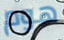
هوم